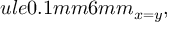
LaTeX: ule { 0.1 mm } { 6 mm } _ { x = y } ,